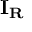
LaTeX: \mathbf { I _ { R } }